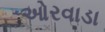
ઓરવાડા